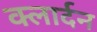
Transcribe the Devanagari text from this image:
क्लार्दन